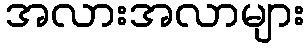
အလားအလာများ